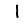
Digit: 1